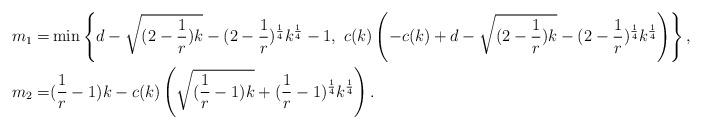
LaTeX: \begin{align*} m_1=&\min\left\{d-\sqrt{(2-\frac{1}{r})k}-(2-\frac{1}{r})^{\frac{1}{4}}k^{\frac{1}{4}}-1,\ c(k)\left(-c(k)+d-\sqrt{(2-\frac{1}{r})k}-(2-\frac{1}{r})^{\frac{1}{4}}k^{\frac{1}{4}}\right)\right\},\\ m_2=&(\frac{1}{r}-1)k-c(k)\left(\sqrt{(\frac{1}{r}-1)k}+(\frac{1}{r}-1)^\frac{1}{4}k^\frac{1}{4}\right).\end{align*}